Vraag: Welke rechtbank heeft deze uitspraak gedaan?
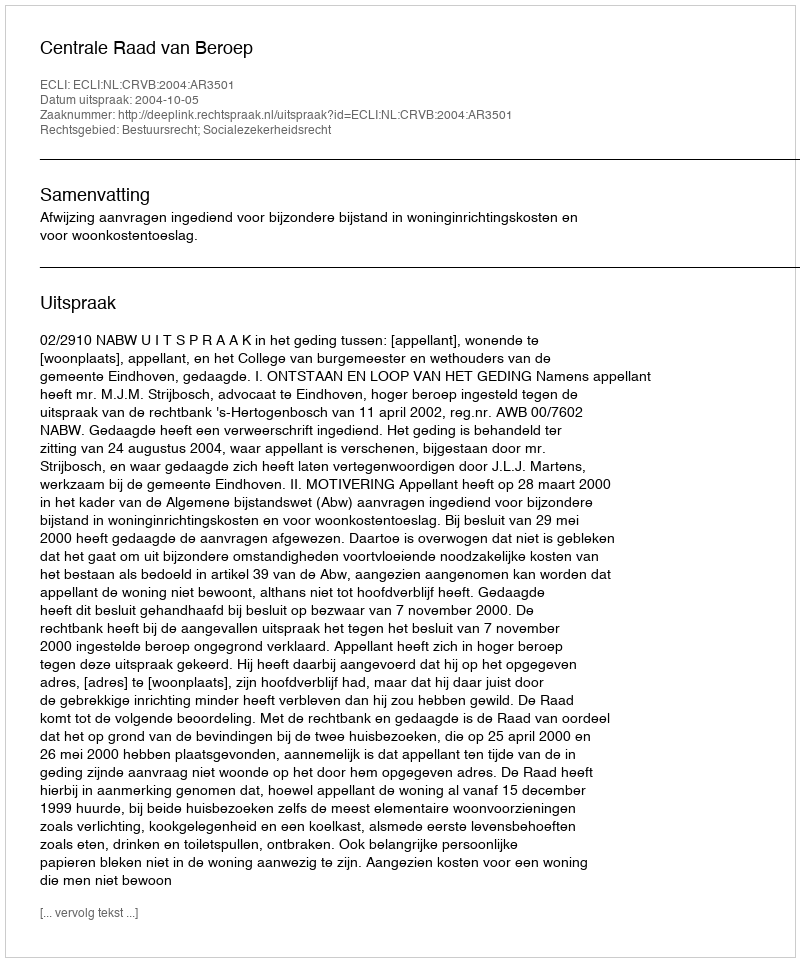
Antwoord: Centrale Raad van Beroep